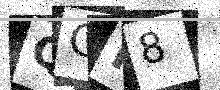
Text: QOK8